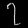
Digit: ၇